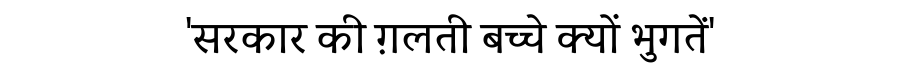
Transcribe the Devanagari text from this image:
'सरकार की ग़लती बच्चे क्यों भुगतें'